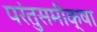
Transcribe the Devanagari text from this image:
परंतुसमीक्षा